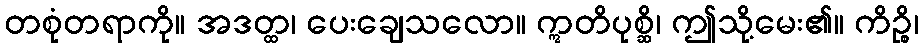
တစုံတရာကို။ အဒတ္ထ၊ ပေးချေသလော။ ဣတိပုစ္ဆိ၊ ဤသို့မေး၏။ ကိဉ္စိ၊